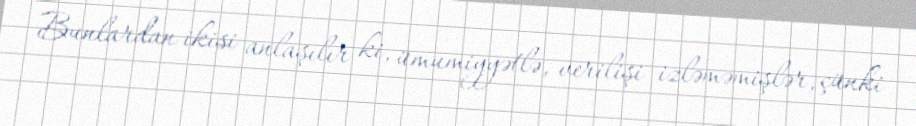
Bunlardan ikisi anlaşılır ki, ümumiyyətlə, verilişi izləməmişlər, çünki